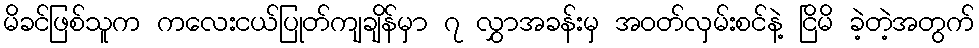
မိခင်ဖြစ်သူက ကလေးငယ်ပြုတ်ကျချိန်မှာ ၇ လွှာအခန်းမှ အဝတ်လှမ်းစင်နဲ့ ငြိမိ ခဲ့တဲ့အတွက်